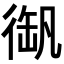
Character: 𢔫